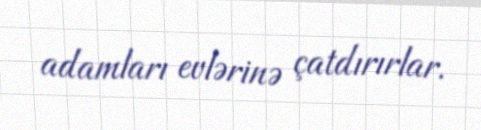
adamları evlərinə çatdırırlar.